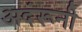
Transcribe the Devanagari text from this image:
अदंरूनी